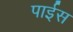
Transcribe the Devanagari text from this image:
पाईस